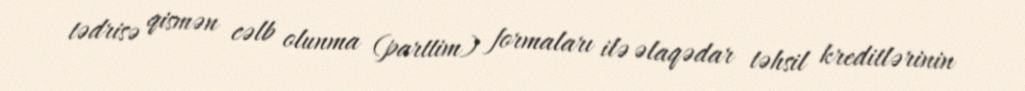
tədrisə qismən cəlb olunma (parttim) formaları ilə əlaqədar təhsil kreditlərinin